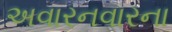
અવારનવારના